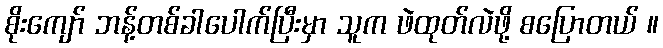
စိုးကျော် ဘန့်တစ်ခါပေါက်ပြီးမှာ သူက ဖဲထုတ်လဲဖို့ စပြောတယ် ။